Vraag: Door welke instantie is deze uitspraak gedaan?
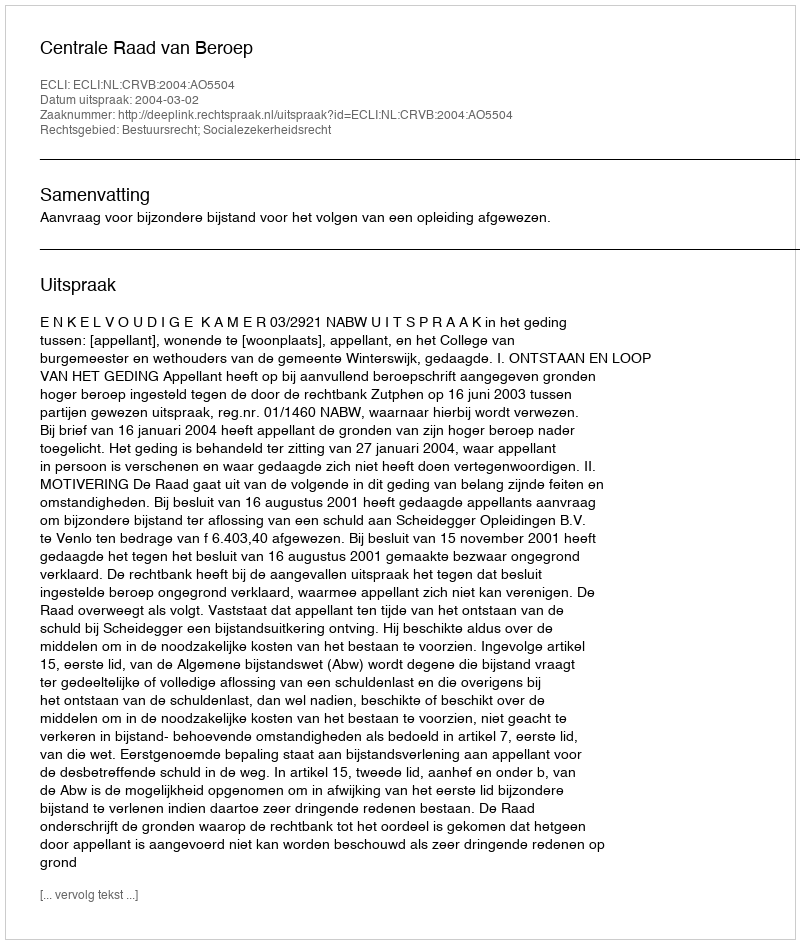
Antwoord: Centrale Raad van Beroep